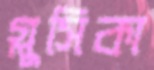
গ্লুসিকা